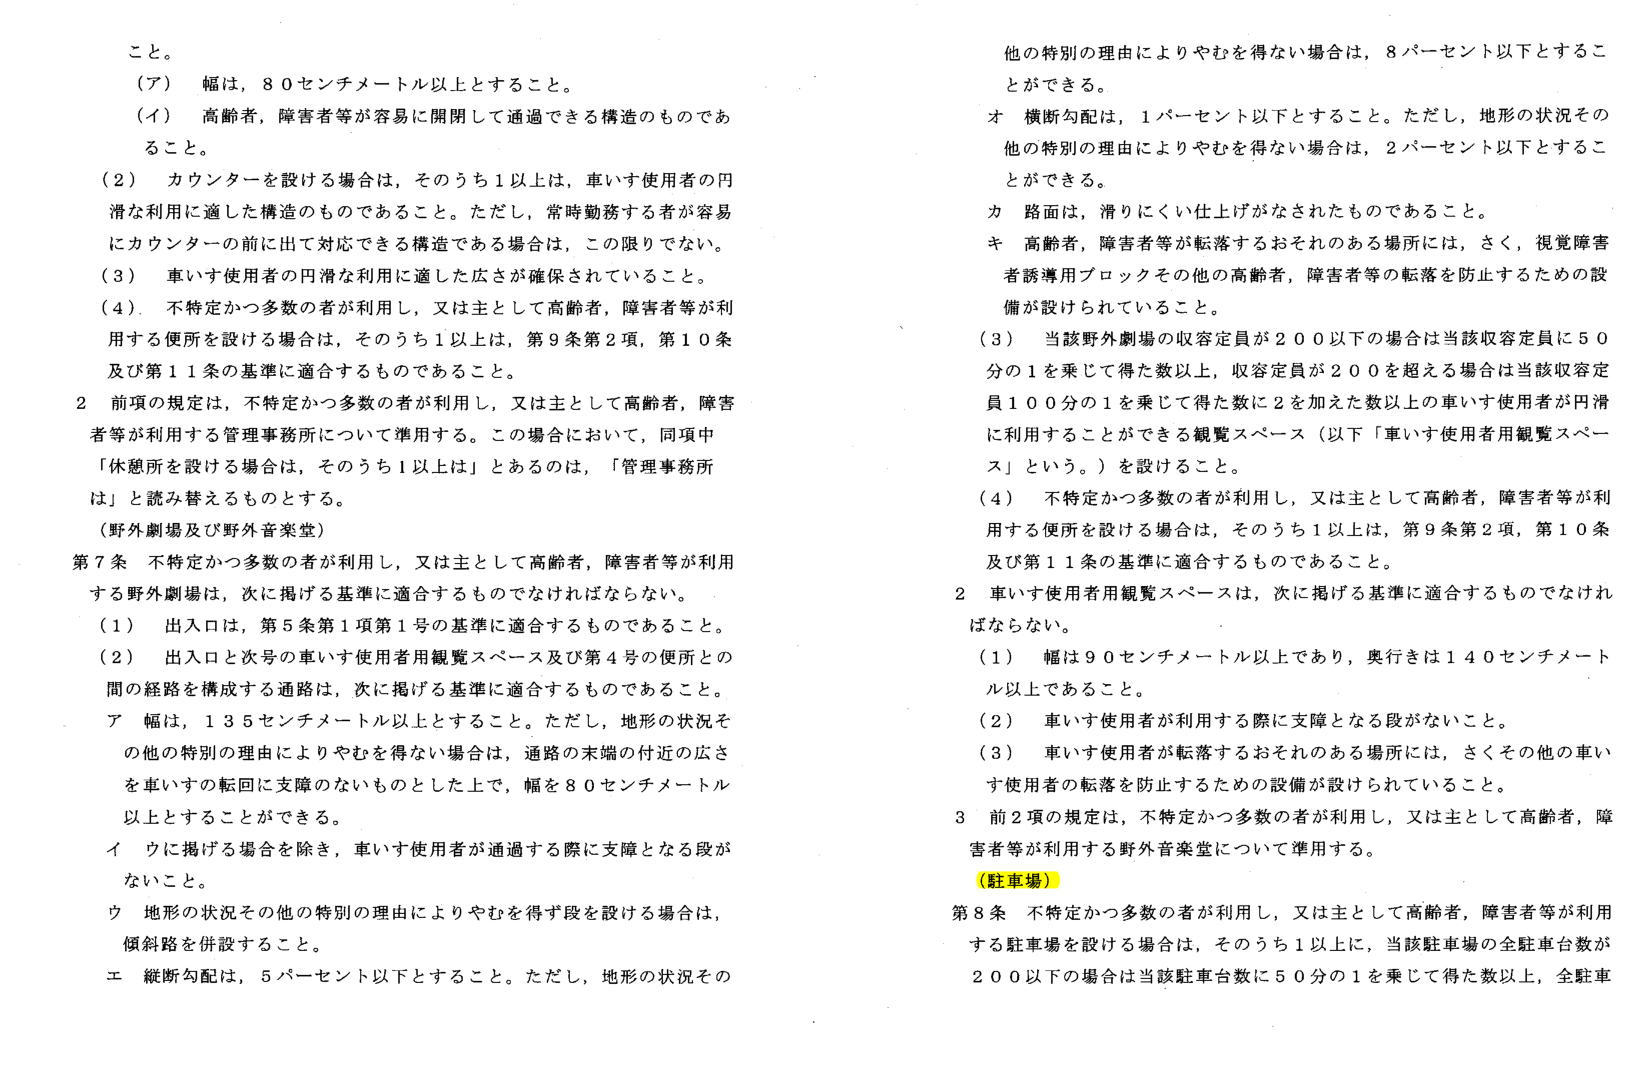
こと。

（７） 幅は、８０センチメートル以上とすること。

（イ） 高齢者、障害者等が容易に開閉して通過できる構造のものであること。

（２） カウンターを設ける場合は、そのうち１以上は、車いす使用者の円滑な利用に適した構造のものであること。ただし、常時勤務する者が容易にカウンターの前に出て対応できる構造である場合は、この限りでない。

（３） 車いす使用者の円滑な利用に適した広さが確保されていること。

（４） 不特定かつ多数の者が利用し、又は主として高齢者、障害者等が利用する便所を設ける場合は、そのうち１以上は、第９条第２項、第１０条及び第１１条の基準に適合するものであること。

２ 前項の規定は、不特定かつ多数の者が利用し、又は主として高齢者、障害者等が利用する管理事務所について準用する。この場合において、同項中「休憩所を設ける場合は、そのうち１以上は」とあるのは、「管理事務所は」と読み替えるものとする。

（野外劇場及び野外音楽堂）

第７条 不特定かつ多数の者が利用し、又は主として高齢者、障害者等が利用する野外劇場は、次に掲げる基準に適合するものでなければならない。

（１） 出入口は、第５条第１項第１号の基準に適合するものであること。

（２） 出入口と次号の車いす使用者用観覧スペース及び第４号の便所との間の経路を構成する通路は、次に掲げる基準に適合するものであること。

ア 幅は、１３５センチメートル以上とすること。ただし、地形の状況その他の特別の理由によりやむを得ない場合は、通路の末端の付近の広さを車いすの転回に支障のないものとした上で、幅を８０センチメートル以上とすることができる。

イ ウに掲げる場合を除き、車いす使用者が通過する際に支障となる段がないこと。

ウ 地形の状況その他の特別の理由によりやむを得ず段を設ける場合は、傾斜路を併設すること。

エ 縦断勾配は、５パーセント以下とすること。ただし、地形の状況その他の特別の理由によりやむを得ない場合は、８パーセント以下とすることができる。

オ 横断勾配は、１パーセント以下とすること。ただし、地形の状況その他の特別の理由によりやむを得ない場合は、２パーセント以下とすることができる。

カ 路面は、滑りにくい仕上げがなされたものであること。

キ 高齢者、障害者等が転落するおそれのある場所には、さく、視覚障害者誘導ブロックその他の高齢者、障害者等の転落を防止するための設備が設けられていること。

（３） 当該野外劇場の収容定員が２００以下の場合は当該収容定員に５０分の１を乗じて得た数以上、収容定員が２００を超える場合は当該収容定員１００分の１を乗じて得た数に２を加えた数以上の車いす使用者が円滑に利用することができる観覧スペース（以下「車いす使用者用観覧スペース」という。）を設けること。

（４） 不特定かつ多数の者が利用し、又は主として高齢者、障害者等が利用する便所を設ける場合は、そのうち１以上は、第９条第２項、第１０条及び第１１条の基準に適合するものであること。

２ 車いす使用者用観覧スペースは、次に掲げる基準に適合するものでなければならない。

（１） 幅は９０センチメートル以上であり、奥行きは１４０センチメートル以上であること。

（２） 車いす使用者が利用する際に支障となる段がないこと。

（３） 車いす使用者が転落するおそれのある場所には、さくその他の車いす使用者の転落を防止するための設備が設けられていること。

３ 前２項の規定は、不特定かつ多数の者が利用し、又は主として高齢者、障害者等が利用する野外音楽堂について準用する。

（駐車場）

第８条 不特定かつ多数の者が利用し、又は主として高齢者、障害者等が利用する駐車場を設ける場合は、そのうち１以上に、当該駐車場の全駐車台数が２００以下の場合は当該駐車台数に５０分の１を乗じて得た数以上、全駐車